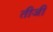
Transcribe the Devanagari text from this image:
तीजी